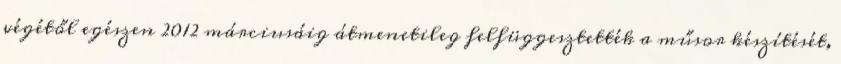
végétől egészen 2012 márciusáig átmenetileg felfüggesztették a műsor készítését,